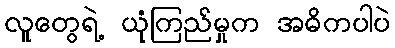
လူတွေရဲ့ ယုံကြည်မှုက အဓိကပါပဲ